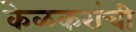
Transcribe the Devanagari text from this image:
केळकरांची